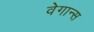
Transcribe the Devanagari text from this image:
वेगान्स